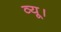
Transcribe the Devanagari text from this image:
व्यू।